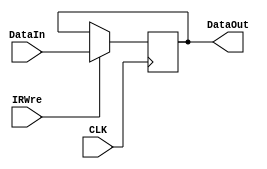
`timescale 1ns / 1ps
//////////////////////////////////////////////////////////////////////////////////
// Company: 
// Engineer: 
// 
// Design Name: 
// Module Name: IR
// Project Name: 
// Target Devices: 
// Tool Versions: 
// Description: 
// 
// Dependencies: 
// 
// Revision:
// Revision 0.01 - File Created
// Additional Comments:
// 
//////////////////////////////////////////////////////////////////////////////////


module IR(
    input CLK,
    input IRWre,
    input [31:0] DataIn,
    output reg [31:0] DataOut
    );
    always @(posedge CLK) begin
        if (IRWre) begin
            DataOut <= DataIn;
        end
    end
endmodule